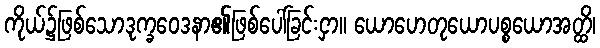
ကိုယ်၌ဖြစ်သောဒုက္ခဝေဒနာ၏ဖြစ်ပေါ်ခြင်းငှာ။ ယောဟေတုယောပစ္စယောအတ္ထိ၊